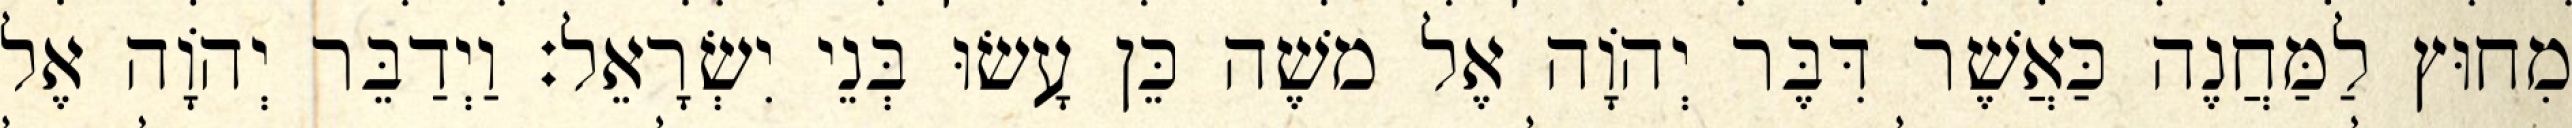
מִחוּץ לַמַּחֲנֶה כַּאֲשֶׁר דִּבֶּר יְהוָֹה אֶל משֶׁה כֵּן עָשׂוּ בְּנֵי יִשְׂרָאֵל׃ וַיְדַבֵּר יְהוָֹה אֶל